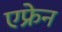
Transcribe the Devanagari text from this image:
एफ्रेन